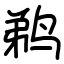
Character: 鹈